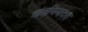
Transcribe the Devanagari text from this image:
तांतणियादरा